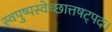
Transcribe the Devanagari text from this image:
स्वपुष्पस्वेच्छात्तषट्पदः।